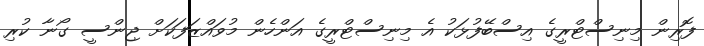
ފޮރިން މިނިސްޓްރީގެ އިސްބޭފުޅަކު އެ މިނިސްޓްރީގެ އަންހެން މުވައްޒަފަކަށް ޖިންސީ ގޯނާ ކުރި